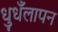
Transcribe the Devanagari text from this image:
धुधँलापन